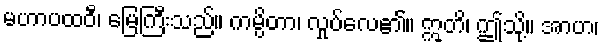
မဟာပထဝီ၊ မြေကြီးသည်။ ကမ္ပိတာ၊ လှုပ်လေ၏။ ဣတိ၊ ဤသို့။ အာဟ၊